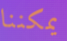
يمكننا